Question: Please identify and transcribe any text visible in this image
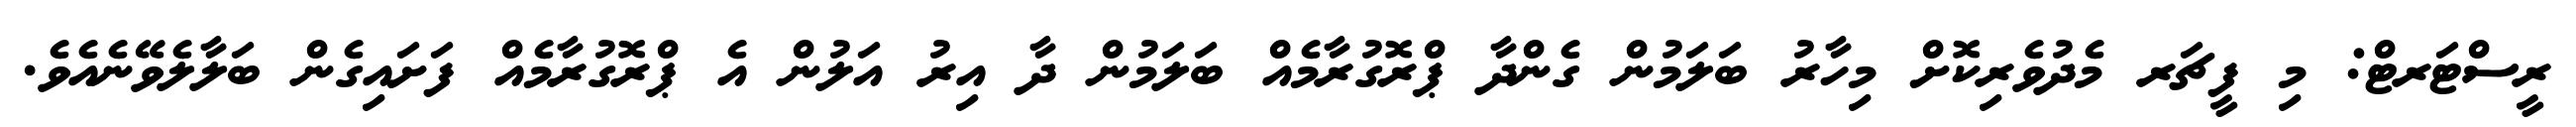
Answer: ރީސްޓަރޓް: މި ފީޗަރ މެދުވެރިކޮށް މިހާރު ބަލަމުން ގެންދާ ޕްރޮގުރާމެއް ބަލަމުން ދާ އިރު އަލުން އެ ޕްރޮގުރާމެއް ފަށައިގެން ބަލާލެވޭނެއެވެ.